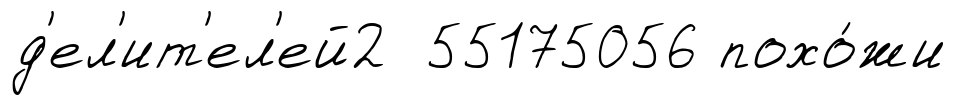
д'ел'ит'ел'ей2 55175056 похо́жи